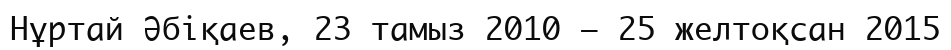
Нұртай Әбіқаев, 23 тамыз 2010 – 25 желтоқсан 2015